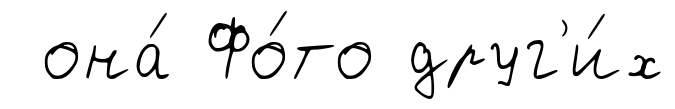
она́ Фо́то друг'и́х